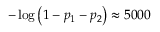
- \log \left( 1 - p _ { 1 } - p _ { 2 } \right) \approx 5 0 0 0